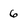
Character: 6